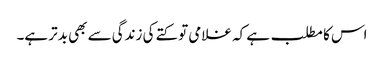
اس کا مطلب ہے کہ غلامی تو کتے کی زندگی سے بھی بدتر ہے۔